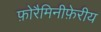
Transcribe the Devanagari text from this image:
फ़ोरैमिनीफ़ेरीय